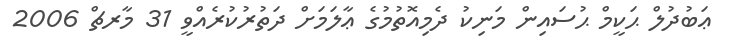
ޢަބުދުލް ޙަކީމް ޙުސައިން މަނިކު ދެމިއޮތުމުގެ ޢާލަމަށް ދަތުރުކުރެއްވީ 31 މާރޗް 2006